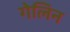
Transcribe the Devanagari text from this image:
गेलिन